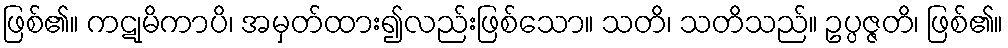
ဖြစ်၏။ ကဋုမိကာပိ၊ အမှတ်ထား၍လည်းဖြစ်သော။ သတိ၊ သတိသည်။ ဥပ္ပဇ္ဇတိ၊ ဖြစ်၏။